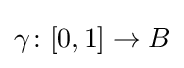
\gamma \colon [0,1]\to B